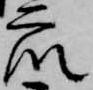
衆